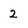
Character: 2